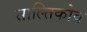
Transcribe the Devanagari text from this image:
साल्तिकोव